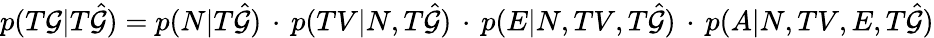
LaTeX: p(T\mathcal{G}|T\hat{\mathcal{G}})=p(N|T\hat{\mathcal{G}})\, \cdot\, p(TV|N,T\hat{\mathcal{G}})\, \cdot\, p(E|N,TV,T\hat{\mathcal{G}})\, \cdot\, p(A|N,TV,E,T\hat{\mathcal{G}})